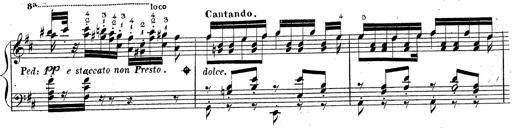
Title: Grande fantaisie sur la tyrolienne de l'opÃ©ra
Composer: Franz Liszt
Key: A major